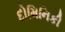
દોમિનિકી